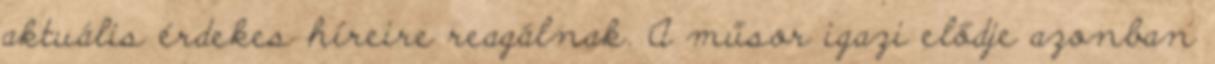
aktuális érdekes híreire reagálnak. A műsor igazi elődje azonban